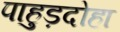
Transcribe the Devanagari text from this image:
पाहुड़दोहा